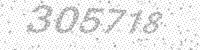
Solution: 305718